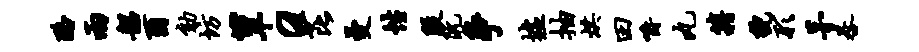
酪两韶酉劾坊簟a芘曼性殷阮争墟抽烘田嚼丸籍貌形茅晷